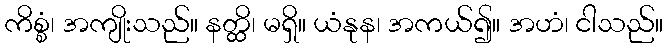
ကိစ္စံ၊ အကျိုးသည်။ နတ္ထိ၊ မရှိ။ ယံနုန၊ အကယ်၍။ အဟံ၊ ငါသည်။